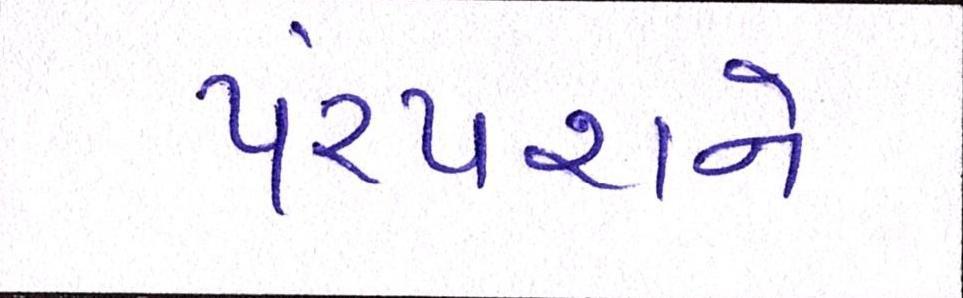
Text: પરંપરાને